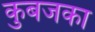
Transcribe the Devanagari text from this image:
कुबजका